Indian journal of veterinary science and animal husbandry - Volume 5,
Year: 1935
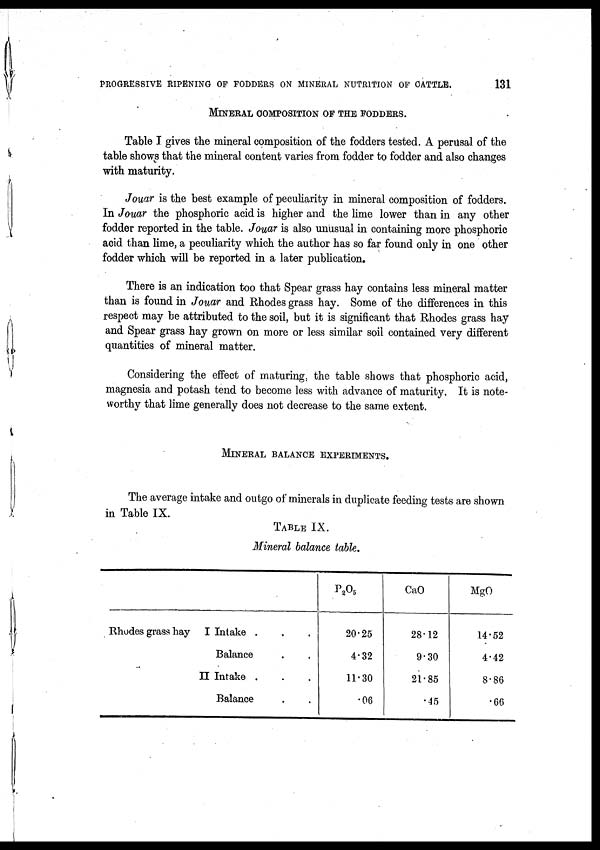
PROGRESSIVE RIPENING OF FODDERS ON MINERAL NUTRITION OF CATTLE.
131
MINERAL COMPOSITION OF THE FODDERS.
Table I gives the mineral composition of the fodders tested. A perusal of the
table shows that the mineral content varies from fodder to fodder and also changes
with maturity.
Jouar is the best example of peculiarity in mineral composition of fodders.
In Jouar the phosphoric acid is higher and the lime lower than in any other
fodder reported in the table. Jouar is also unusual in containing more phosphoric
acid than lime, a peculiarity which the author has so far found only in one other
fodder which will be reported in a later publication.
There is an indication too that Spear grass hay contains less mineral matter
than is found in Jouar and Rhodes grass hay. Some of the differences in this
respect may be attributed to the soil, but it is significant that Rhodes grass hay
and Spear grass hay grown on more or less similar soil contained very different
quantities of mineral matter.
Considering the effect of maturing, the table shows that phosphoric acid,
magnesia and potash tend to become less with advance of maturity. It is note-
worthy that lime generally does not decrease to the same extent.
MINERAL BALANCE EXPERIMENTS.
The average intake and outgo of minerals in duplicate feeding tests are shown
in Table IX.
TABLE IX.
Mineral balance table.
Rhodes grass hay
I Intake . . .
Balance . .
II Intake . . .
Balance . .
P 2 O 5
20.25
4.32
11.30
.06
CaO
28.12
9.30
21.85
.45
MgO
14.52
4.42
8.86
.66